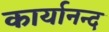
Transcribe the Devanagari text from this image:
कार्यानन्द